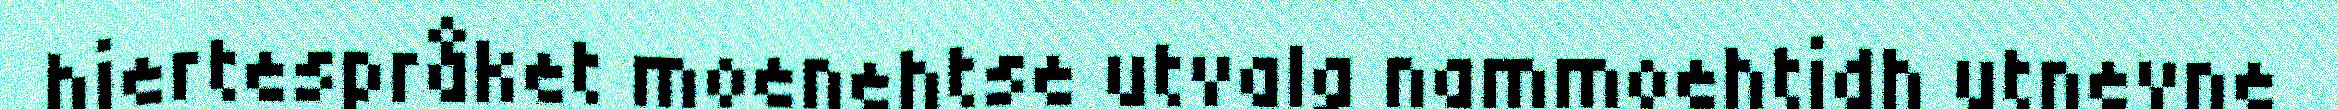
hjertespråket moenehtse utvalg nammoehtidh utnevne